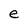
Character: e